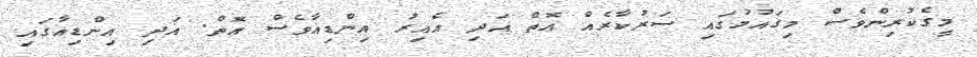
މީގެކުރިންވެސް މިގައުމުގައި ސަރުކާރެއް އޮތް އަދި އެއިރު އިންޑިއާވެސް އޮތް. އަދި އިންޑިއާގައި